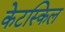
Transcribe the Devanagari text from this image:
केटस्किल